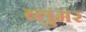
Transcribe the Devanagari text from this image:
ब्लुमर